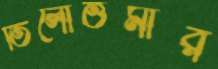
তিলোত্তমার